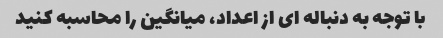
با توجه به دنباله ای از اعداد، میانگین را محاسبه کنید